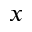
x